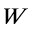
W